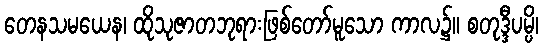
တေနသမယေန၊ ထိုသုဇာတဘုရားဖြစ်တော်မူသော ကာလ၌။ စတုဒ္ဒီပမ္ပိ၊